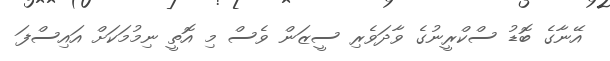
އޭނާގެ ބޮޑު ސްކްރީނުގެ ވާދަވެރި ސީޒަން ވެސް މި އޮތީ ނިމުމަކަށް އައިސްފަ